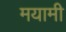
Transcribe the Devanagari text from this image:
मयामी